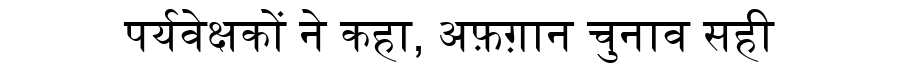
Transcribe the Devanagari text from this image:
पर्यवेक्षकों ने कहा, अफ़ग़ान चुनाव सही